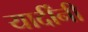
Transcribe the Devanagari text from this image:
यार्दींनी